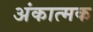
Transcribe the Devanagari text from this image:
अंकात्मक